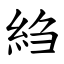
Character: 䋓